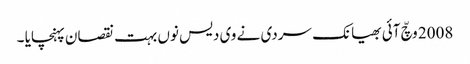
2008 وچّ آئی بھیانک سردی نے وی دیس نوں بہت نقصان پہنچایا ۔